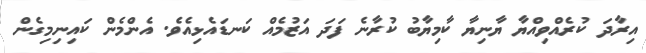
އިރާދަ ކުރެއްވިއްޔާ ޔާނިޔާ ކާމިޔާބު ކުރާނެ ފަދަ އަޒުމެއް ކަނޑައެޅިއެވެ. އެންމެން ކައިނިމިގެން